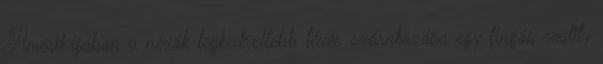
Amerikájában a nézők legkedveltebb tévés szórakozása egy fingós reality